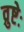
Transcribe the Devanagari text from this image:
व्रुष्टेः